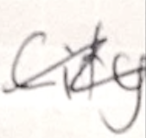
Text: City
Cross-out: wave
Writing tool: ballpoint